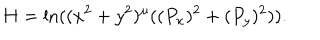
LaTeX: H = \ln ( ( x ^ { 2 } + y ^ { 2 } ) ^ { \mu } ( ( P _ { x } ) ^ { 2 } + ( P _ { y } ) ^ { 2 } ) ) .